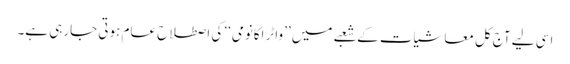
اسی لیے آج کل معاشیات کے شعبے میں ’’واٹر اکانومی‘‘ کی اصطلاح عام ہوتی جارہی ہے۔